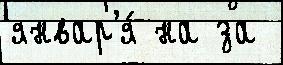
январ'я́ на за